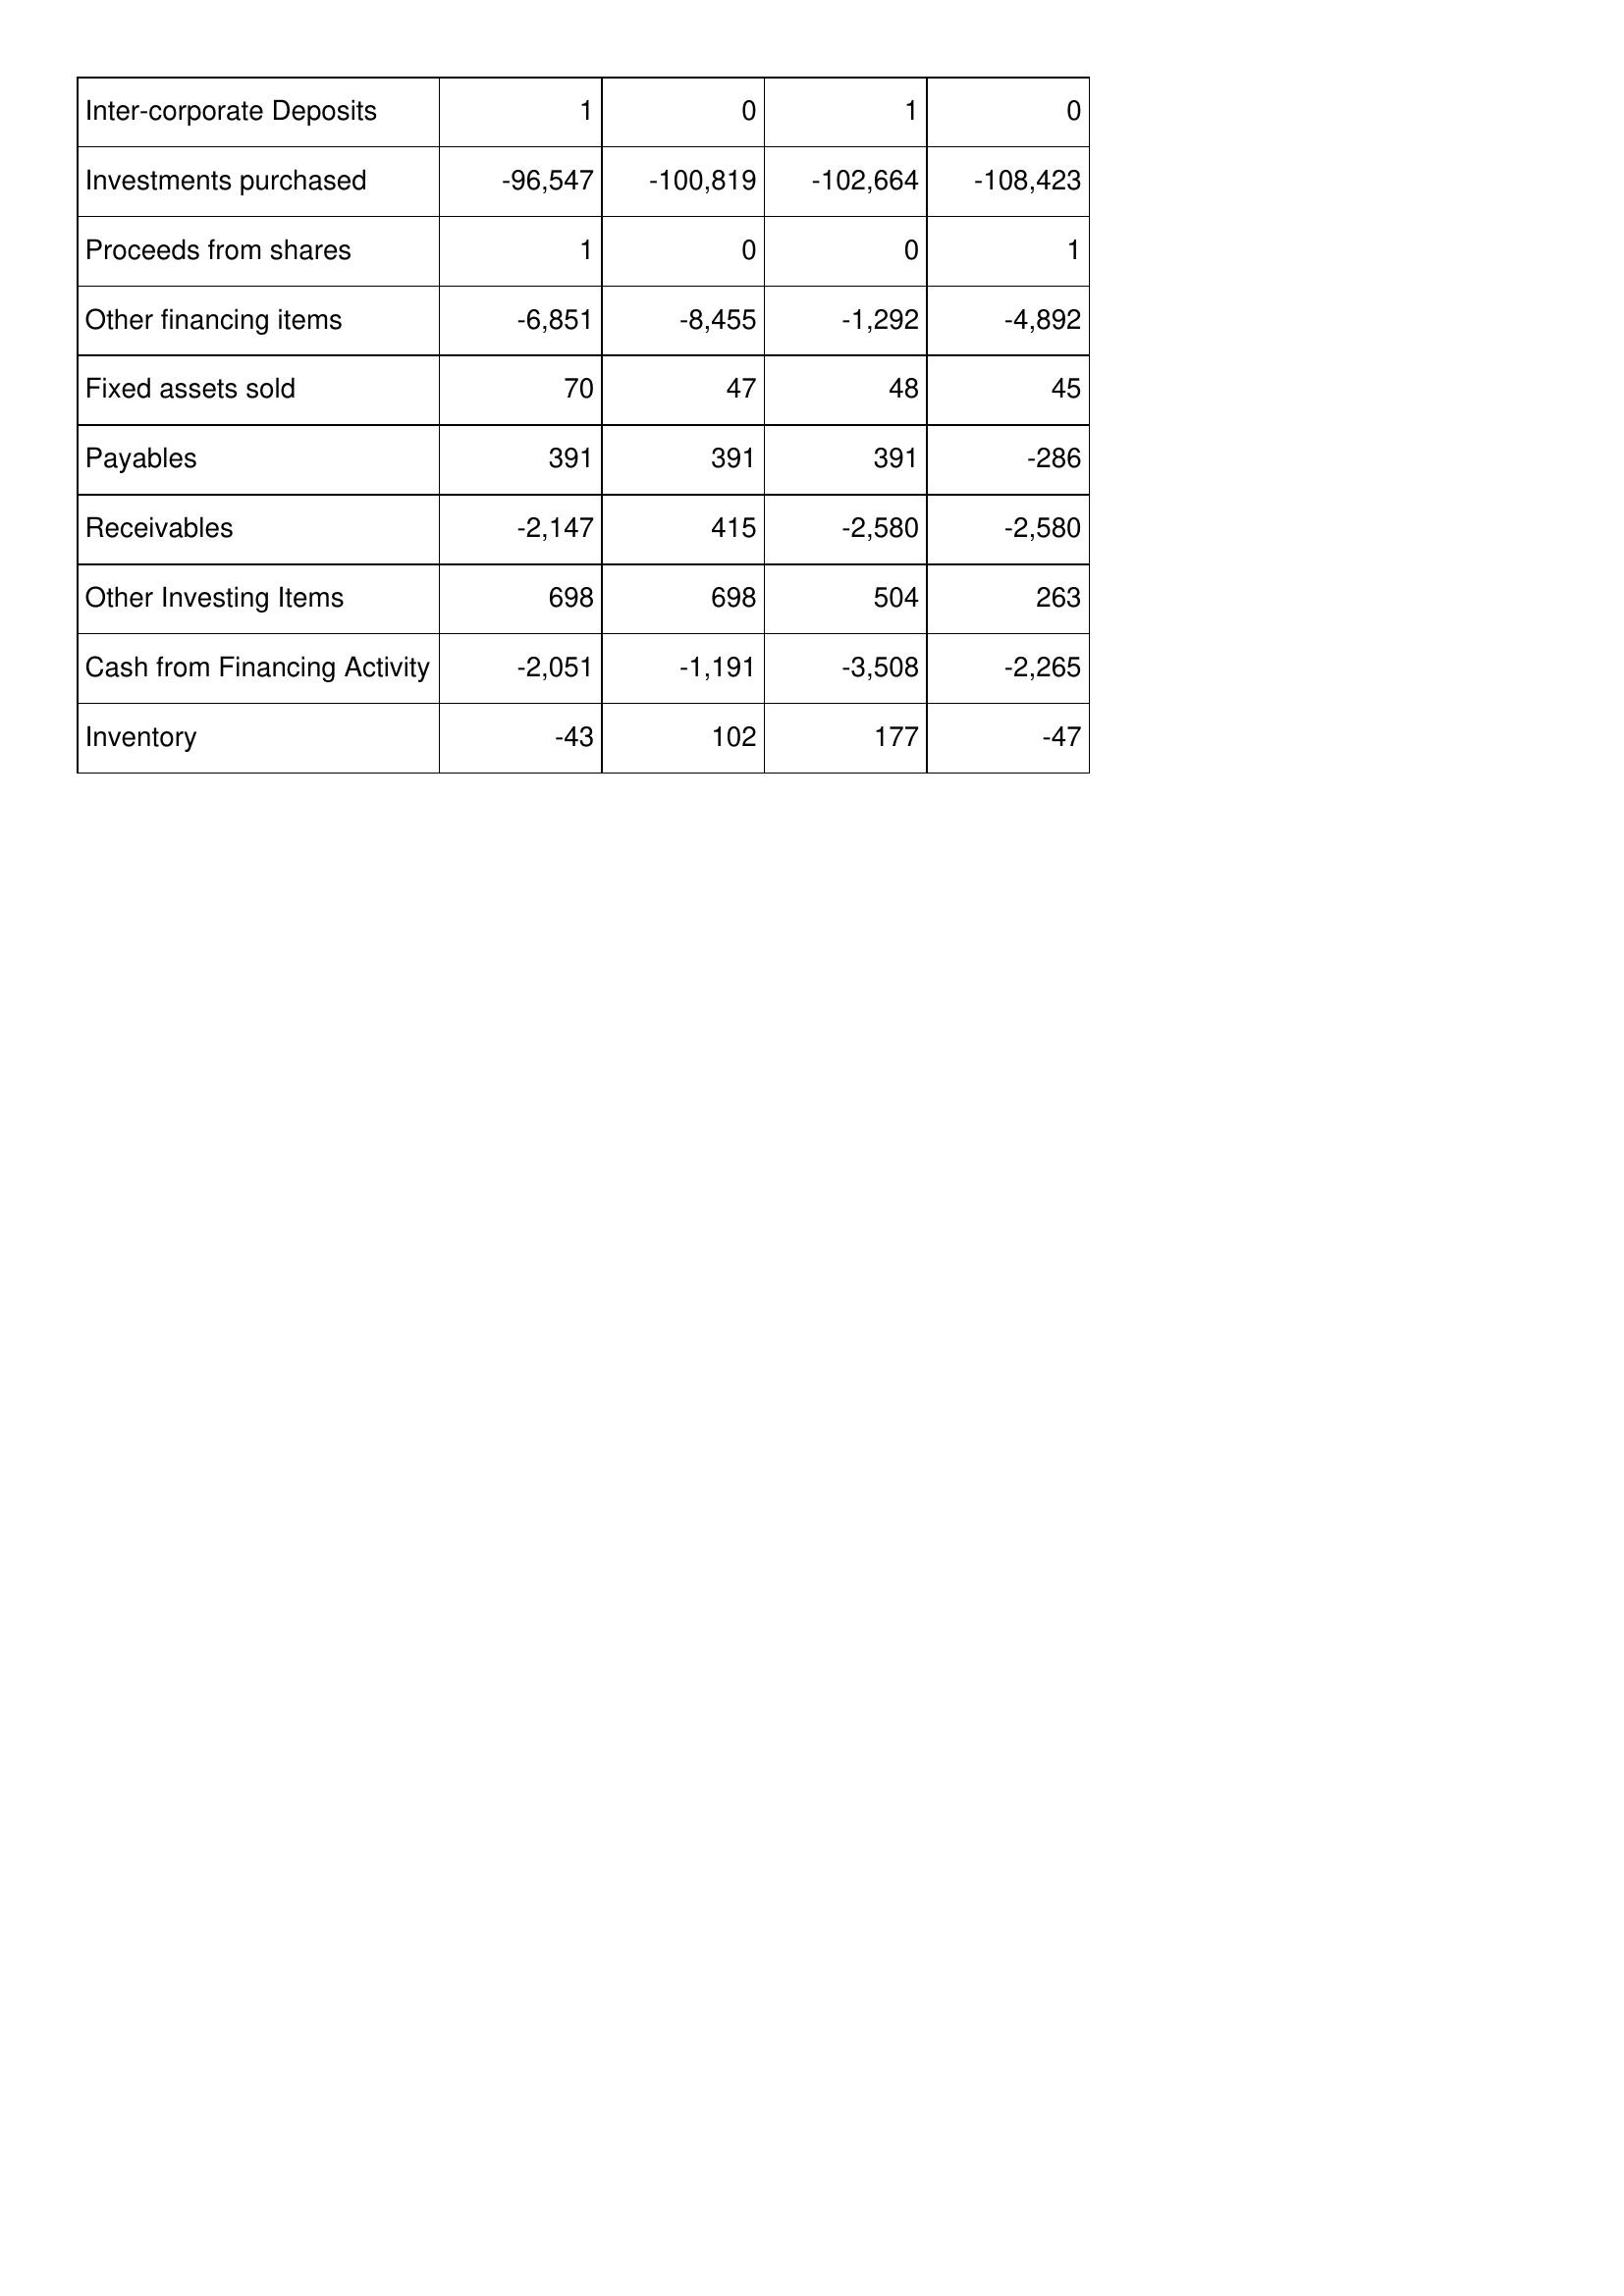
Dec-12: Cash Flows: Inter-corporate Deposits: 1
Investments purchased: -96,547
Proceeds from shares: 1
Other financing items: -6,851
Fixed assets sold: 70
Payables: 391
Receivables: -2,147
Other Investing Items: 698
Cash from Financing Activity: -2,051
Inventory: -43
Dec-13: Cash Flows: Inter-corporate Deposits: 0
Investments purchased: -100,819
Proceeds from shares: 0
Other financing items: -8,455
Fixed assets sold: 47
Payables: 391
Receivables: 415
Other Investing Items: 698
Cash from Financing Activity: -1,191
Inventory: 102
Dec-14: Cash Flows: Inter-corporate Deposits: 1
Investments purchased: -102,664
Proceeds from shares: 0
Other financing items: -1,292
Fixed assets sold: 48
Payables: 391
Receivables: -2,580
Other Investing Items: 504
Cash from Financing Activity: -3,508
Inventory: 177
Dec-15: Cash Flows: Inter-corporate Deposits: 0
Investments purchased: -108,423
Proceeds from shares: 1
Other financing items: -4,892
Fixed assets sold: 45
Payables: -286
Receivables: -2,580
Other Investing Items: 263
Cash from Financing Activity: -2,265
Inventory: -47